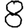
Digit: 8